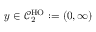
y \in \mathcal { C } _ { 2 } ^ { \mathrm { H O } } : = ( 0 , \infty )